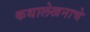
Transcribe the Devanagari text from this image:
कथालेखनाचे